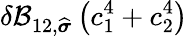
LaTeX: \delta\mathcal{B}_{12,\widehat{\boldsymbol{\sigma}}}\left(c_{1}^{4}+c_{2}^{4}\right)